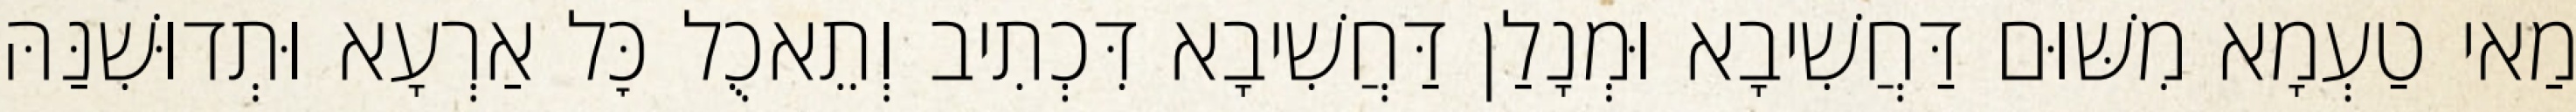
מַאי טַעְמָא מִשּׁוּם דַּחֲשִׁיבָא וּמְנָלַן דַּחֲשִׁיבָא דִּכְתִיב וְתֵאכֻל כׇּל אַרְעָא וּתְדוּשִׁנַּהּ